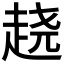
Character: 𰷵